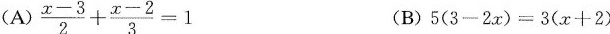
(A) $$\frac { x - 3 } { 2 } + \frac { x - 2 } { 3 } = 1$$ (B)$$5 ( 3 - 2 x ) = 3 ( x + 2 )$$